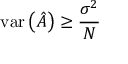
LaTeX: \mathrm { v a r } \left( { \hat { A } } \right) \geq { \frac { \sigma ^ { 2 } } { N } }